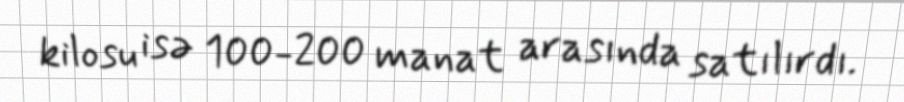
kilosu isə 100-200 manat arasında satılırdı.